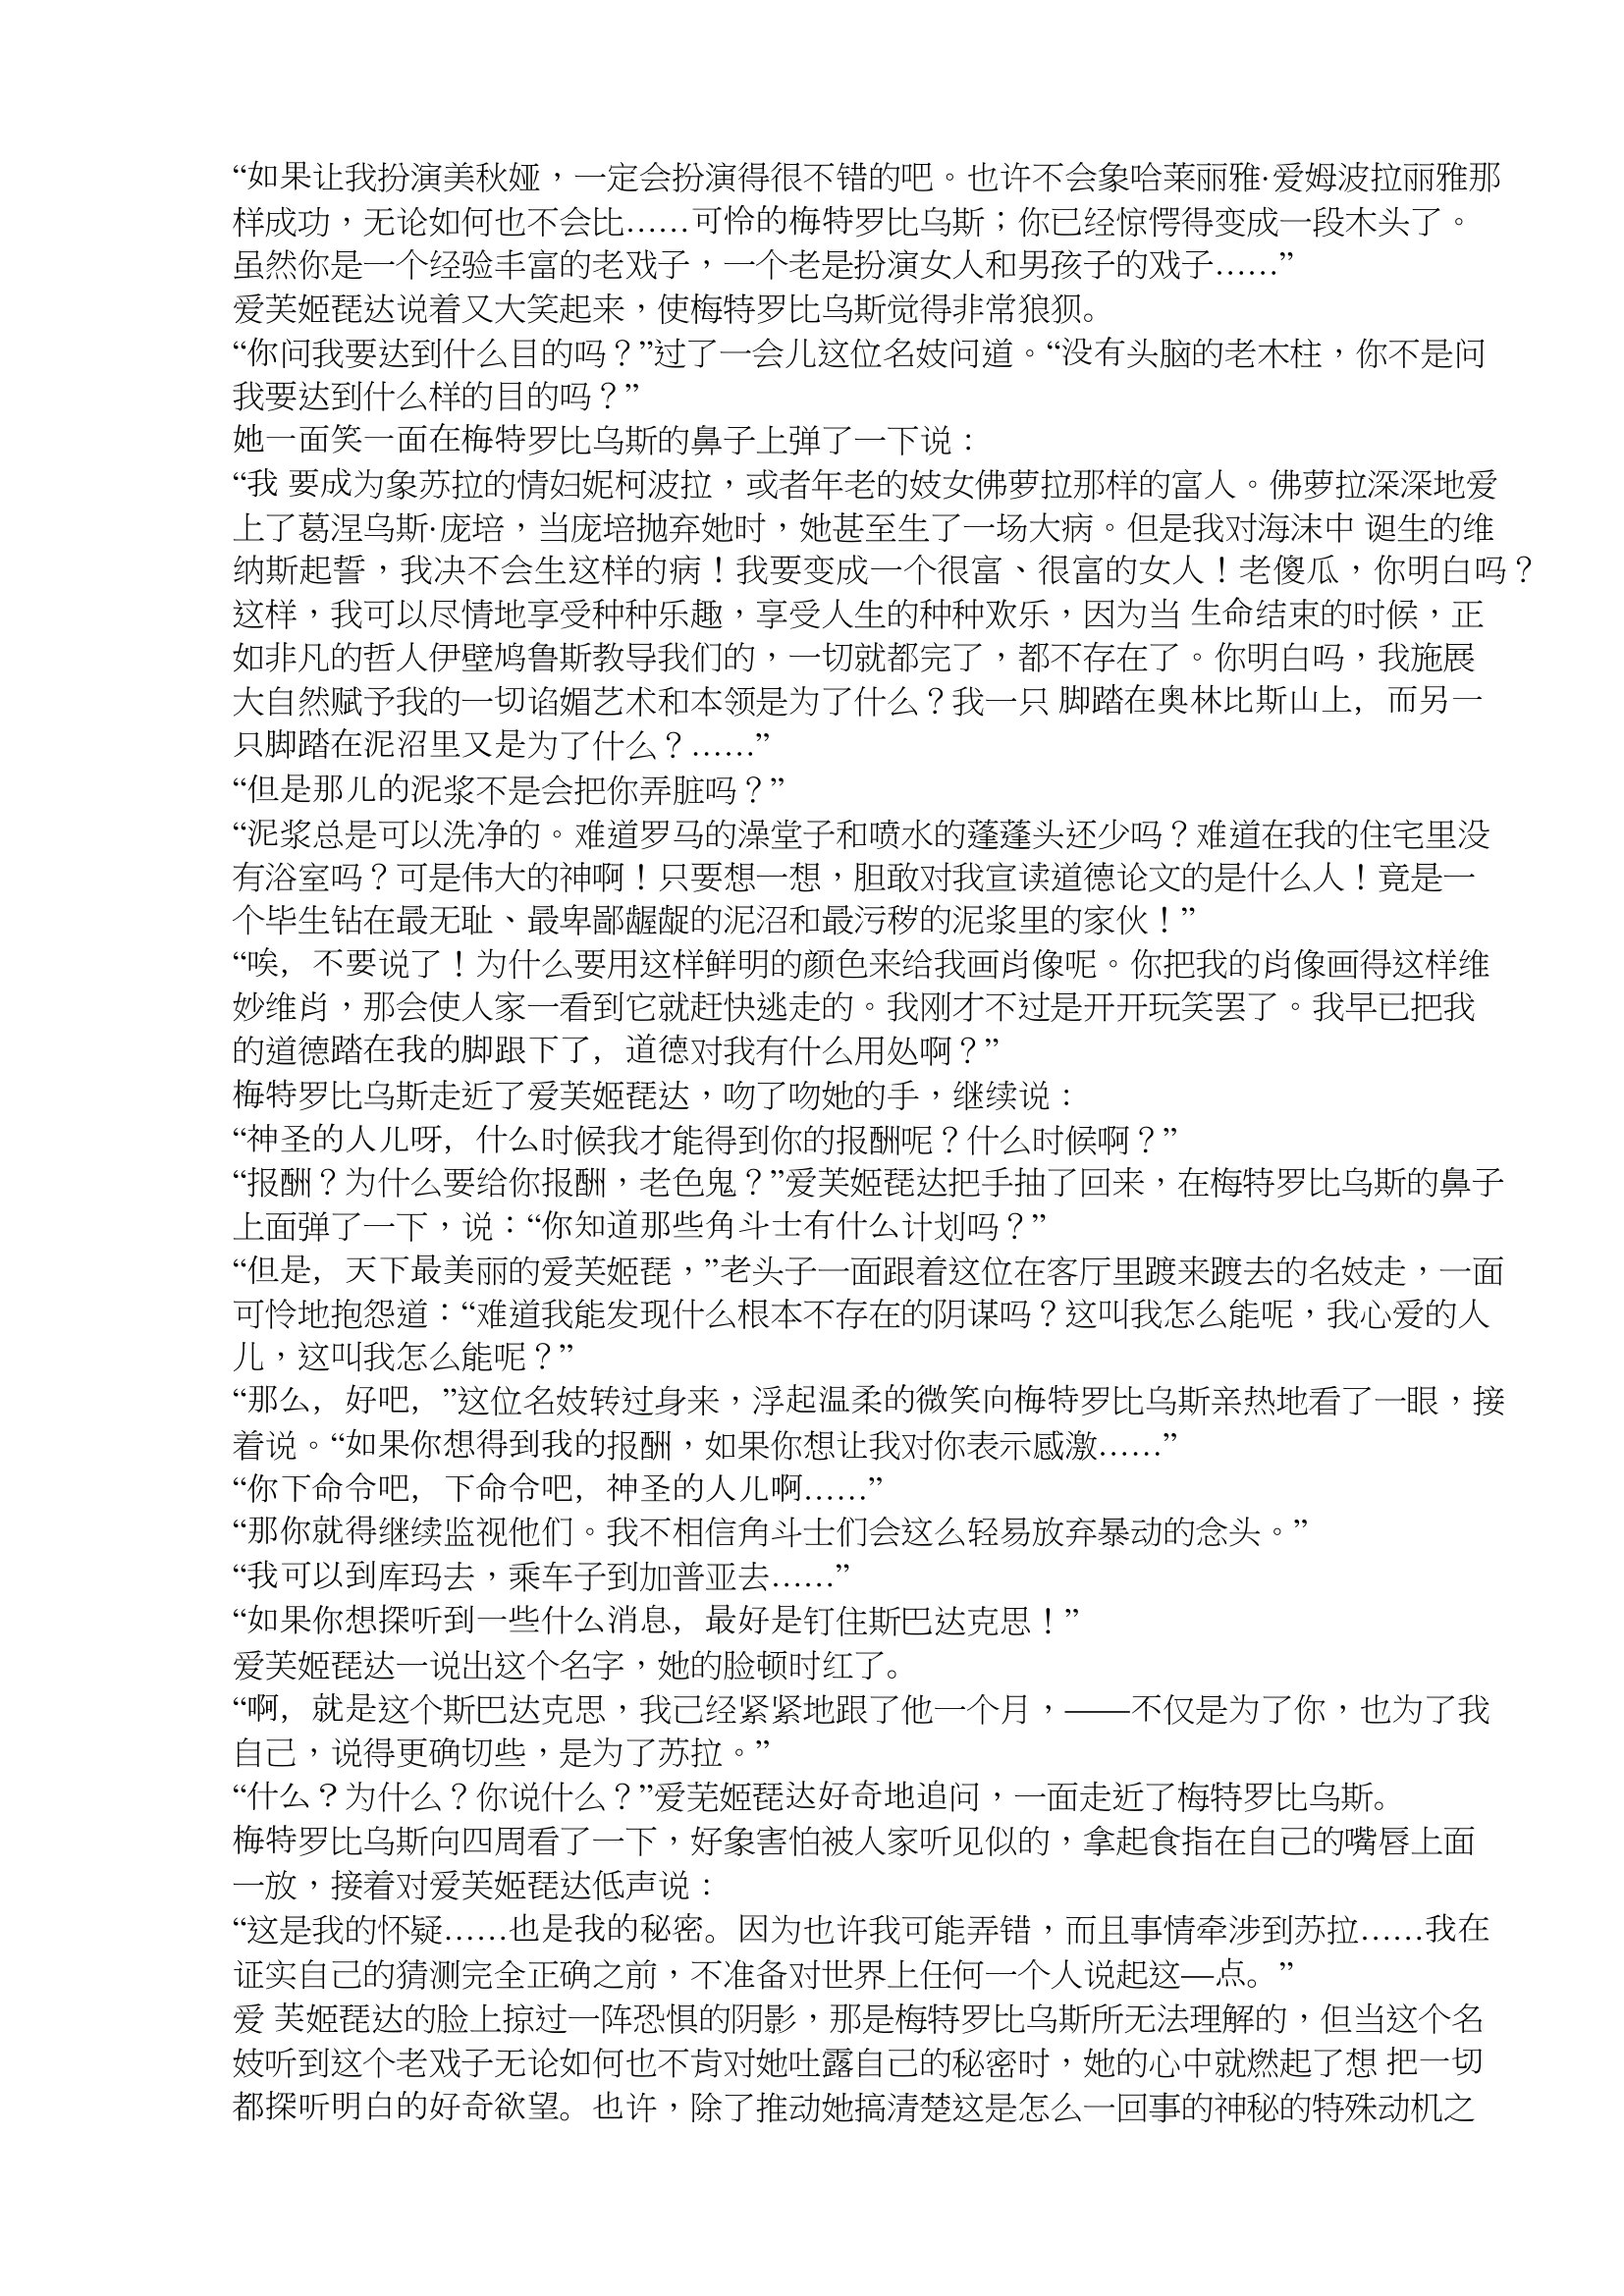
Language: zh